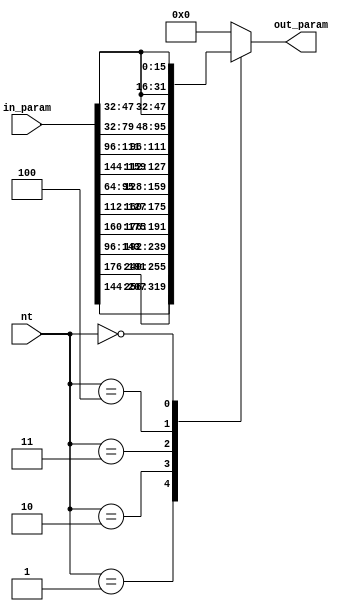
module Nt2Param #(
    parameter PE_WIDTH=16
)
(
    input [3:0] nt,
    input [13*PE_WIDTH-1:0] in_param,
    output reg [4*PE_WIDTH-1:0] out_param);

    localparam A=1, C=2, G=3, T=4, N=0;

    always @(*) begin
        case ({nt})
            A : out_param = {in_param[13*PE_WIDTH-1:9*PE_WIDTH]};
            C : out_param = {in_param[12*PE_WIDTH-1:11*PE_WIDTH], in_param[9*PE_WIDTH-1:6*PE_WIDTH]};
            G : out_param = {in_param[11*PE_WIDTH-1:10*PE_WIDTH], in_param[8*PE_WIDTH-1:7*PE_WIDTH], in_param[6*PE_WIDTH-1:4*PE_WIDTH]};
            T : out_param = {in_param[10*PE_WIDTH-1:9*PE_WIDTH], in_param[7*PE_WIDTH-1:6*PE_WIDTH], in_param[5*PE_WIDTH-1:3*PE_WIDTH]};
            N : out_param = {in_param[3*PE_WIDTH-1:2*PE_WIDTH], in_param[3*PE_WIDTH-1:2*PE_WIDTH], in_param[3*PE_WIDTH-1:2*PE_WIDTH], in_param[3*PE_WIDTH-1:2*PE_WIDTH]};
            default : out_param = {{(4*PE_WIDTH){1'b0}}};
        endcase
    end

endmodule